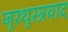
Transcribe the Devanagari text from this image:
जुरथुस्त्रवाद